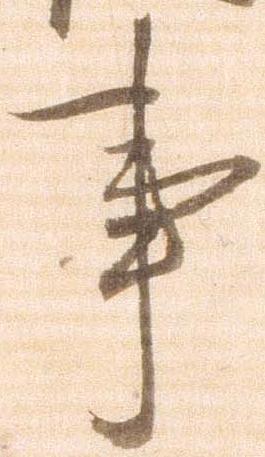
事